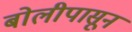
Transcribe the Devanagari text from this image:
बोलीपासून